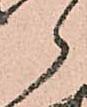
郎